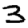
Digit: 3